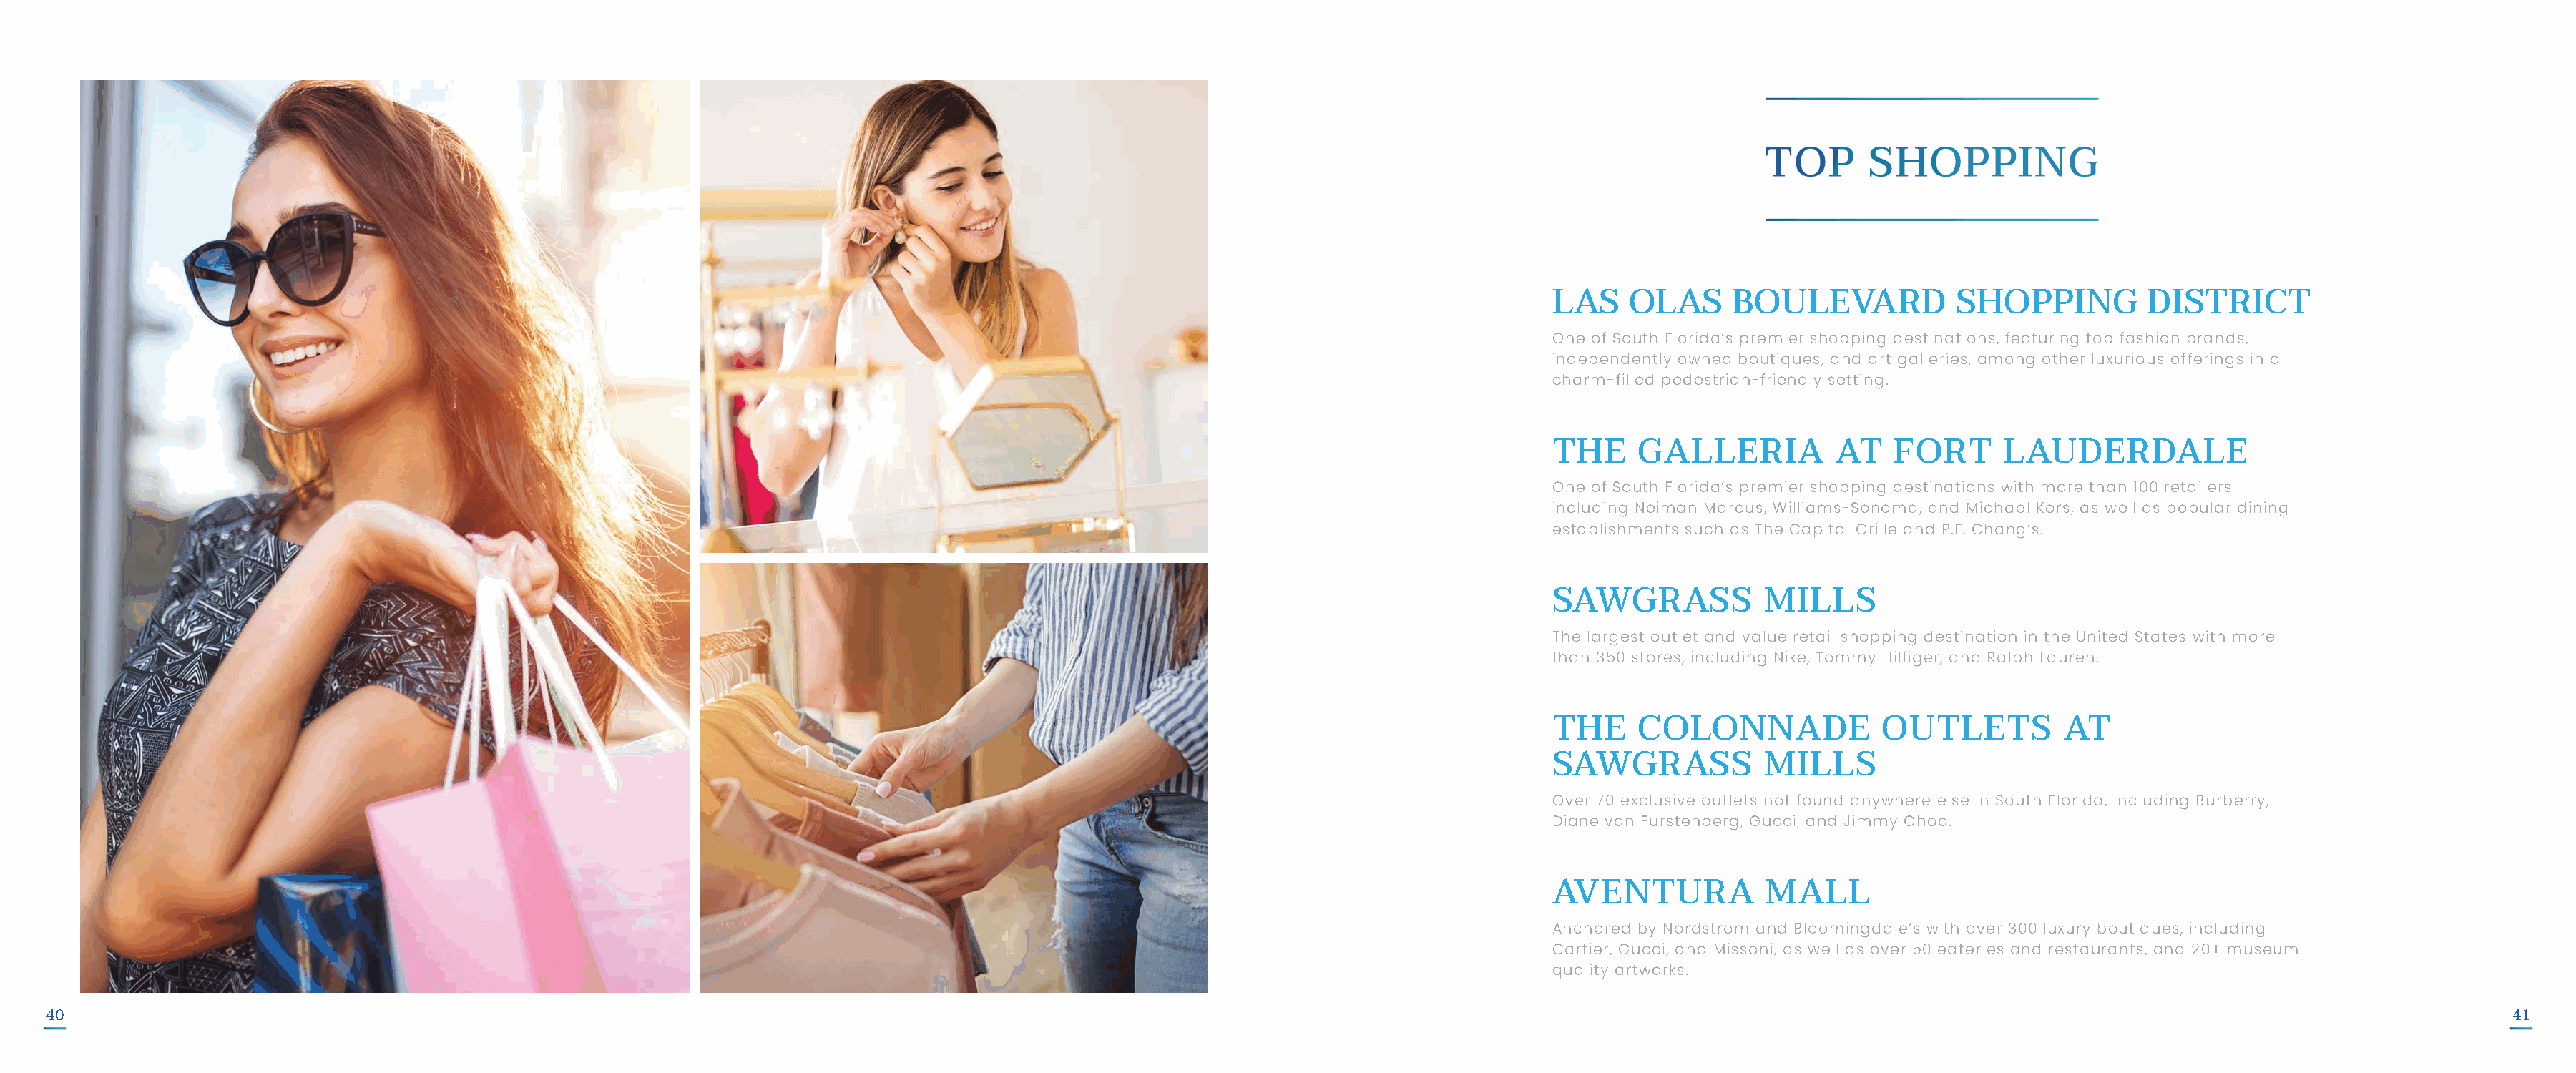
LAS    OLAS     BOULEVARD            SHOPPING          DISTRICT
 One of South Florida’s premier shopping destinations, featuring top fashion brands,
 independently owned boutiques, and art galleries, among other luxurious offerings in a
 charm-filled pedestrian-friendly setting.
 THE     GALLERIA          AT   FORT      LAUDERDALE
 One of South Florida’s premier shopping destinations with more than 100 retailers
 including Neiman Marcus, Williams-Sonoma, and Michael Kors, as well as popular dining
 establishments such as The Capital Grille and P.F. Chang’s.
 SAWGRASS           MILLS
 The largest outlet and value retail shopping destination in the United States with more
 than 350 stores, including Nike, Tommy Hilfiger, and Ralph Lauren.
 THE     COLONNADE             OUTLETS          AT
 SAWGRASS           MILLS
 Over 70 exclusive outlets not found anywhere else in South Florida, including Burberry,
 Diane von Furstenberg, Gucci, and Jimmy Choo.
 AVENTURA           MALL
 Anchored by Nordstrom and Bloomingdale’s with over 300 luxury boutiques, including
 Cartier, Gucci, and Missoni, as well as over 50 eateries and restaurants, and 20+ museum-
 quality artworks.
 40                                                                                                                                                                                                                                  41